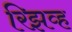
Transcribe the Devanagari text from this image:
रिझव्ह